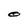
Character: O